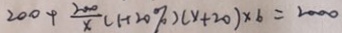
2 0 0 + \frac { 2 0 0 } { x } ( 1 + 2 0 \% ) ( x + 2 0 ) \times 6 = 2 0 0 0